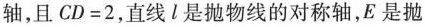
轴，且CD=2，直线l是抛物线的对称轴，E是抛